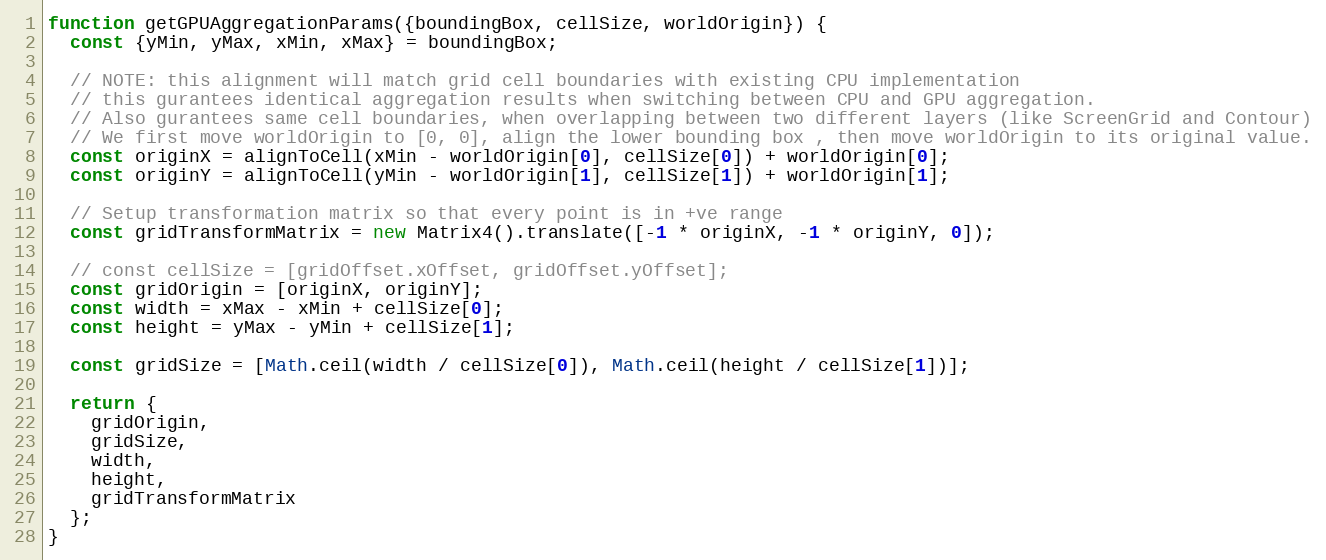
Language: JavaScript
function getGPUAggregationParams({boundingBox, cellSize, worldOrigin}) {
  const {yMin, yMax, xMin, xMax} = boundingBox;

  // NOTE: this alignment will match grid cell boundaries with existing CPU implementation
  // this gurantees identical aggregation results when switching between CPU and GPU aggregation.
  // Also gurantees same cell boundaries, when overlapping between two different layers (like ScreenGrid and Contour)
  // We first move worldOrigin to [0, 0], align the lower bounding box , then move worldOrigin to its original value.
  const originX = alignToCell(xMin - worldOrigin[0], cellSize[0]) + worldOrigin[0];
  const originY = alignToCell(yMin - worldOrigin[1], cellSize[1]) + worldOrigin[1];

  // Setup transformation matrix so that every point is in +ve range
  const gridTransformMatrix = new Matrix4().translate([-1 * originX, -1 * originY, 0]);

  // const cellSize = [gridOffset.xOffset, gridOffset.yOffset];
  const gridOrigin = [originX, originY];
  const width = xMax - xMin + cellSize[0];
  const height = yMax - yMin + cellSize[1];

  const gridSize = [Math.ceil(width / cellSize[0]), Math.ceil(height / cellSize[1])];

  return {
    gridOrigin,
    gridSize,
    width,
    height,
    gridTransformMatrix
  };
}